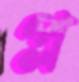
প্ল